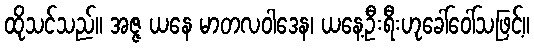
ထိုသင်သည်။ အဇ္ဇ ယနေ မာတလဝါဒေန၊ ယနေ့ဦးရီးဟုခေါ်ဝေါ်သဖြင့်။